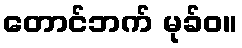
တောင်ဘက် မုခ်ဝ။